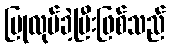
ပြုလုပ်ခဲ့ပြီးဖြစ်သည်